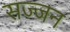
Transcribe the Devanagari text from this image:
सज्‍जन